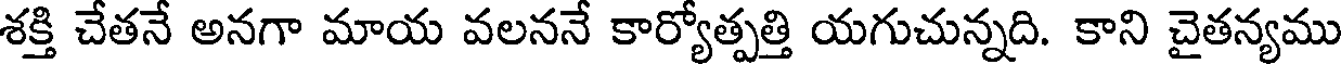
శక్తి చేతనే అనగా మాయ వలననే కార్యోత్పత్తి యగుచున్నది. కాని చైతన్యము